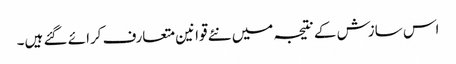
اس سازش کے نتیجہ میں نئے قوانین متعارف کرائے گئے ہیں۔